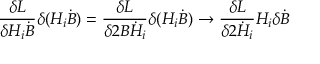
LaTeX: { \frac { \delta L } { \delta H _ { i } \dot { B } } } \delta ( H _ { i } \dot { B } ) = { \frac { \delta L } { \delta 2 B \dot { H } _ { i } } } \delta ( H _ { i } \dot { B } ) \to { \frac { \delta L } { \delta 2 \dot { H } _ { i } } } H _ { i } \delta \dot { B }